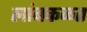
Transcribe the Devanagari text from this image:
लांबकळत